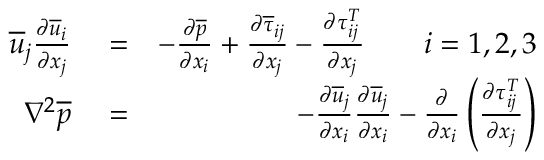
\begin{array} { r l r } { \overline { { u } } _ { j } \frac { \partial \overline { { u } } _ { i } } { \partial x _ { j } } } & { { } = } & { - \frac { \partial \overline { { p } } } { \partial x _ { i } } + \frac { \partial \overline { { \tau } } _ { i j } } { \partial x _ { j } } - \frac { \partial \tau _ { i j } ^ { T } } { \partial x _ { j } } \qquad i = 1 , 2 , 3 } \\ { \nabla ^ { 2 } \overline { { p } } } & { { } = } & { - \frac { \partial \overline { { u } } _ { j } } { \partial x _ { i } } \frac { \partial \overline { { u } } _ { j } } { \partial x _ { i } } - \frac { \partial } { \partial x _ { i } } \left( \frac { \partial \tau _ { i j } ^ { T } } { \partial x _ { j } } \right) } \end{array}